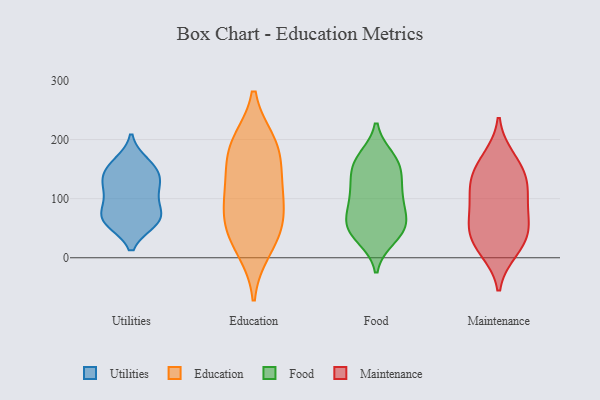
{"axis": {"x": "Churn Rate (%)", "y": "Value"}, "legend": ["Education", "Food", "Maintenance", "Utilities"], "data": [{"x": "", "y": 66, "type": "Utilities"}, {"x": "", "y": 130, "type": "Utilities"}, {"x": "", "y": 145, "type": "Utilities"}, {"x": "", "y": 140, "type": "Utilities"}, {"x": "", "y": 69, "type": "Utilities"}, {"x": "", "y": 60, "type": "Utilities"}, {"x": "", "y": 62, "type": "Utilities"}, {"x": "", "y": 119, "type": "Utilities"}, {"x": "", "y": 158, "type": "Utilities"}, {"x": "", "y": 118, "type": "Utilities"}, {"x": "", "y": 91, "type": "Utilities"}, {"x": "", "y": 95, "type": "Utilities"}, {"x": "", "y": 61, "type": "Utilities"}, {"x": "", "y": 161, "type": "Utilities"}, {"x": "", "y": 81, "type": "Education"}, {"x": "", "y": 186, "type": "Education"}, {"x": "", "y": 127, "type": "Education"}, {"x": "", "y": 133, "type": "Education"}, {"x": "", "y": 41, "type": "Education"}, {"x": "", "y": 88, "type": "Education"}, {"x": "", "y": 194, "type": "Education"}, {"x": "", "y": 50, "type": "Education"}, {"x": "", "y": 187, "type": "Education"}, {"x": "", "y": 15, "type": "Education"}, {"x": "", "y": 57, "type": "Food"}, {"x": "", "y": 51, "type": "Food"}, {"x": "", "y": 131, "type": "Food"}, {"x": "", "y": 91, "type": "Food"}, {"x": "", "y": 164, "type": "Food"}, {"x": "", "y": 57, "type": "Food"}, {"x": "", "y": 100, "type": "Food"}, {"x": "", "y": 34, "type": "Food"}, {"x": "", "y": 120, "type": "Food"}, {"x": "", "y": 157, "type": "Food"}, {"x": "", "y": 155, "type": "Food"}, {"x": "", "y": 58, "type": "Food"}, {"x": "", "y": 99, "type": "Food"}, {"x": "", "y": 41, "type": "Food"}, {"x": "", "y": 168, "type": "Food"}, {"x": "", "y": 60, "type": "Maintenance"}, {"x": "", "y": 114, "type": "Maintenance"}, {"x": "", "y": 13, "type": "Maintenance"}, {"x": "", "y": 72, "type": "Maintenance"}, {"x": "", "y": 137, "type": "Maintenance"}, {"x": "", "y": 168, "type": "Maintenance"}, {"x": "", "y": 38, "type": "Maintenance"}, {"x": "", "y": 99, "type": "Maintenance"}, {"x": "", "y": 123, "type": "Maintenance"}, {"x": "", "y": 46, "type": "Maintenance"}, {"x": "", "y": 19, "type": "Maintenance"}, {"x": "", "y": 155, "type": "Maintenance"}]}